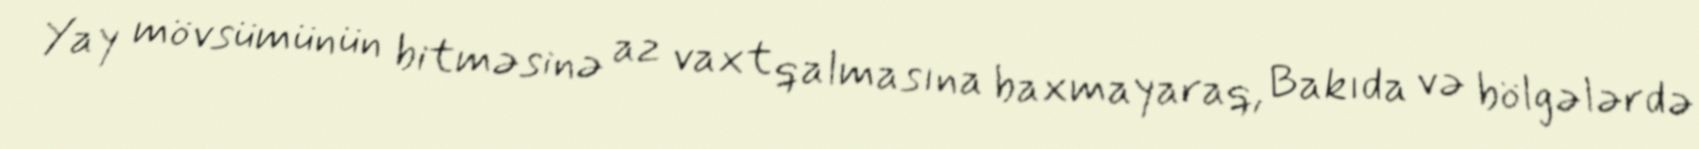
Yay mövsümünün bitməsinə az vaxt qalmasına baxmayaraq, Bakıda və bölgələrdə